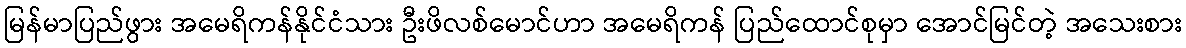
မြန်မာပြည်ဖွား အမေရိကန်နိုင်ငံသား ဦးဖိလစ်မောင်ဟာ အမေရိကန် ပြည်ထောင်စုမှာ အောင်မြင်တဲ့ အသေးစား